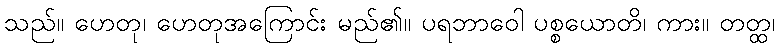
သည်။ ဟေတု၊ ဟေတုအကြောင်း မည်၏။ ပရဘာဝေါ ပစ္စယောတိ၊ ကား။ တတ္ထ၊